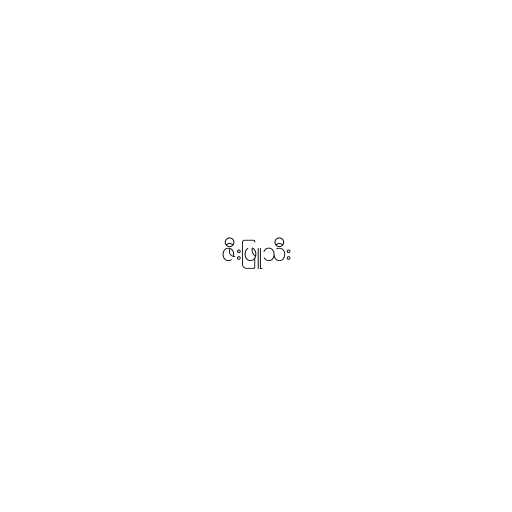
ဇီးဖြူသီး